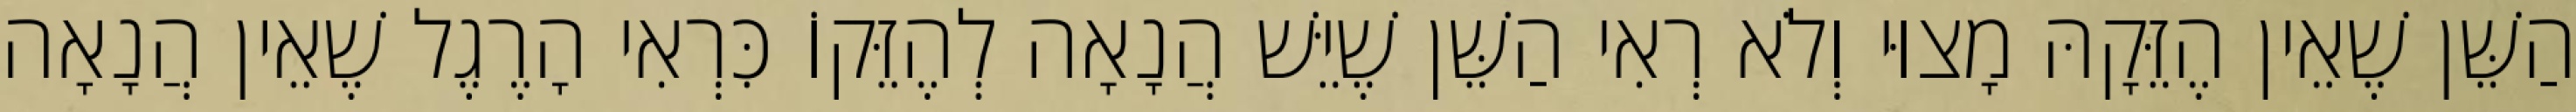
הַשֵּׁן שֶׁאֵין הֶזֵּקָהּ מָצוּי וְלֹא רְאִי הַשֵּׁן שֶׁיֵּשׁ הֲנָאָה לְהֶזֵּקוֹ כִּרְאִי הָרֶגֶל שֶׁאֵין הֲנָאָה